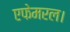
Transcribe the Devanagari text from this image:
एफेमरल।